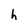
Character: h